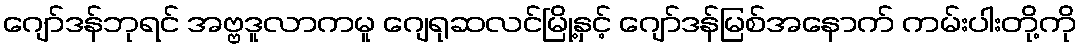
ဂျော်ဒန်ဘုရင် အဗ္ဗဒူလာကမူ ဂျေရုဆလင်မြို့နှင့် ဂျော်ဒန်မြစ်အနောက် ကမ်းပါးတို့ကို